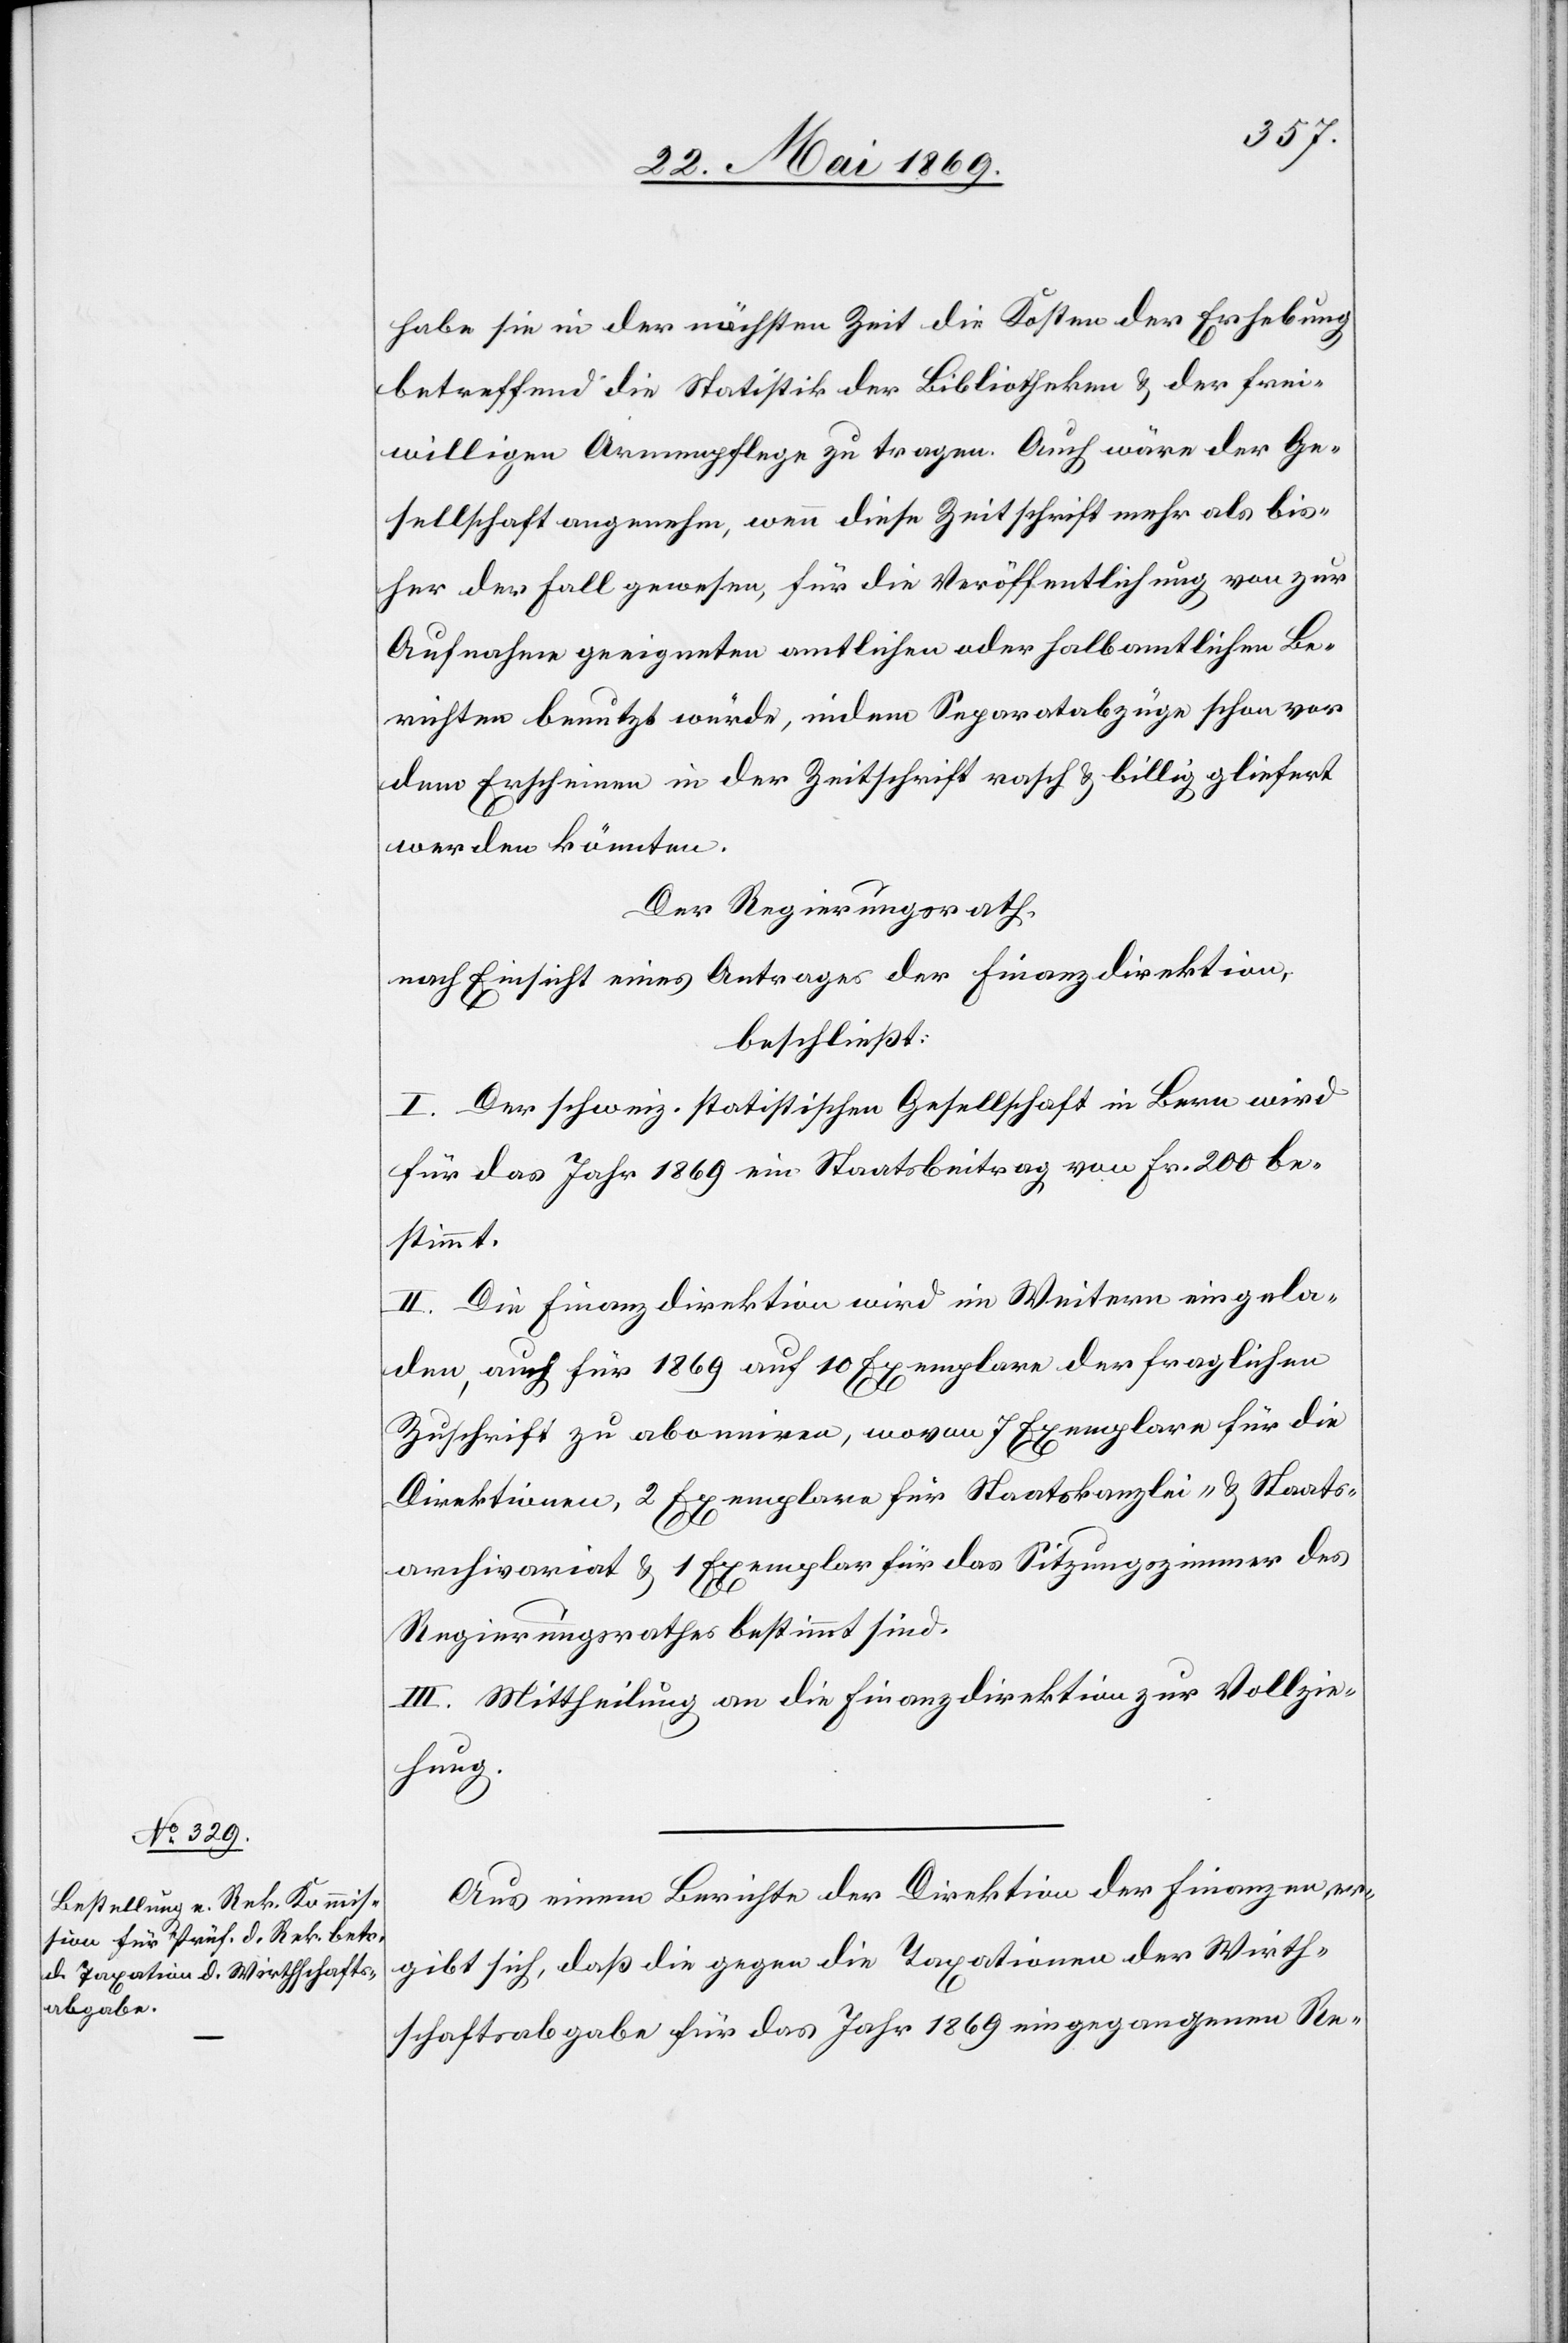
habe sie in der nächsten Zeit die Kosten der Erhebung
betreffend die Statistik der Bibliotheken u. der frei¬
willigen Armenpflege zu tragen. Auch wäre der Ge¬
sellschaft angenehme, wenn diese Zeitschrift mehr als bis¬
her der Fall gewesen, für die Veröffentlichung von zur
Aufnahme geeigneten amtlichen oder halbamtlichen Be¬
richten benutzt würde, indem Separatabzüge schon vor
dem Erscheinen in der Zeitschrift rasch u. billig g[e]liefert
werden könnten.
Der Regierungsrath.
nach Einsicht eines Antrages der Finanzdirektion,
beschließt:
I. Der schweiz. statistischen Gesellschaft in Bern wird
für das Jahr 1869 ein Staatsbeitrag von Fr. 200 be¬
stimmt.
II. Die Finanzdirektion wird im Weitern eingela¬
den, auch für 1869 auf 10 Exemplare der fraglichen
Zuschrift zu abonniren, wovon 7 Exemplare für die
Direktionen, 2 Exemplare für Staatskanzlei- u. Staats¬
archivariat u. 1 Exemplar für das Sitzungszimmer des
Regierungsrathes bestimmt sind.
III. Mittheilung an die Finanzdirektion zur Vollzie¬
hung.
Aus einem Berichte der Direktion der Finanzen er¬
gibt sich, daß die gegen die Taxationen der Wirth¬
schaftsabgabe für das Jahr 1869 eingegangenen Re-